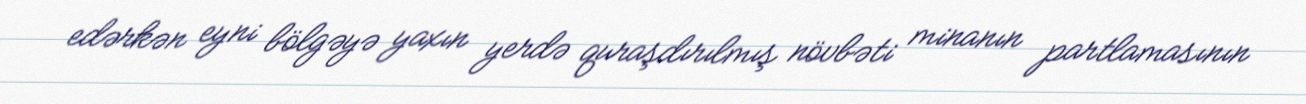
edərkən eyni bölgəyə yaxın yerdə quraşdırılmış növbəti minanın partlamasının